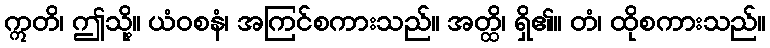
ဣတိ၊ ဤသို့။ ယံဝစနံ၊ အကြင်စကားသည်။ အတ္ထိ၊ ရှိ၏။ တံ၊ ထိုစကားသည်။